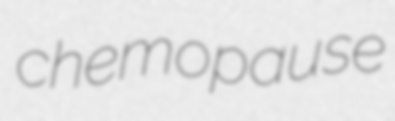
chemopause